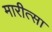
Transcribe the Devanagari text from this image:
मारीत्सा